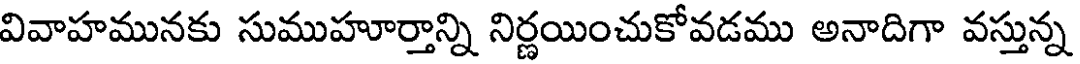
వివాహమునకు సుముహూర్తాన్ని నిర్ణయించుకోవడము అనాదిగా వస్తున్న